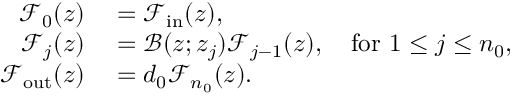
\begin{array} { r l } { \mathcal { F } _ { 0 } ( z ) } & { { } = \mathcal { F } _ { \mathrm { i n } } ( z ) , } \\ { \mathcal { F } _ { j } ( z ) } & { { } = \mathcal { B } ( z ; z _ { j } ) \mathcal { F } _ { j - 1 } ( z ) , \quad \mathrm { f o r } \ 1 \leq j \leq n _ { 0 } , } \\ { \mathcal { F } _ { \mathrm { o u t } } ( z ) } & { { } = d _ { 0 } \mathcal { F } _ { n _ { 0 } } ( z ) . } \end{array}